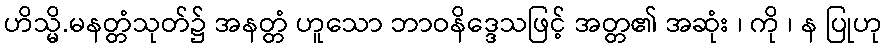
ဟိသ္မိ.မနတ္တံသုတ်၌ အနတ္တံ ဟူသော ဘာဝနိဒ္ဒေသဖြင့် အတ္တ၏ အဆုံး ၊ ကို ၊ န ပြုဟု